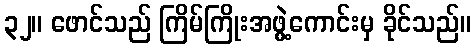
၃၂။ ဖောင်သည် ကြိမ်ကြိုးအဖွဲ့ကောင်းမှ ခိုင်သည်။